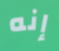
إنه